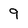
Character: 9